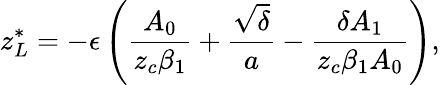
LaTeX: z_{L}^{*}=-\epsilon\left(\frac{A_{0}}{z_{c}\beta_{1}}+\frac{\sqrt{\delta}}{a}-\frac{\delta A_{1}}{z_{c}\beta_{1}A_{0}}\right),